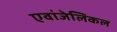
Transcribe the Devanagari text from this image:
एवांजेलिकल